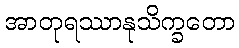
အာတုရဿာနုသိက္ခတော